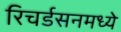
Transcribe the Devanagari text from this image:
रिचर्डसनमध्ये